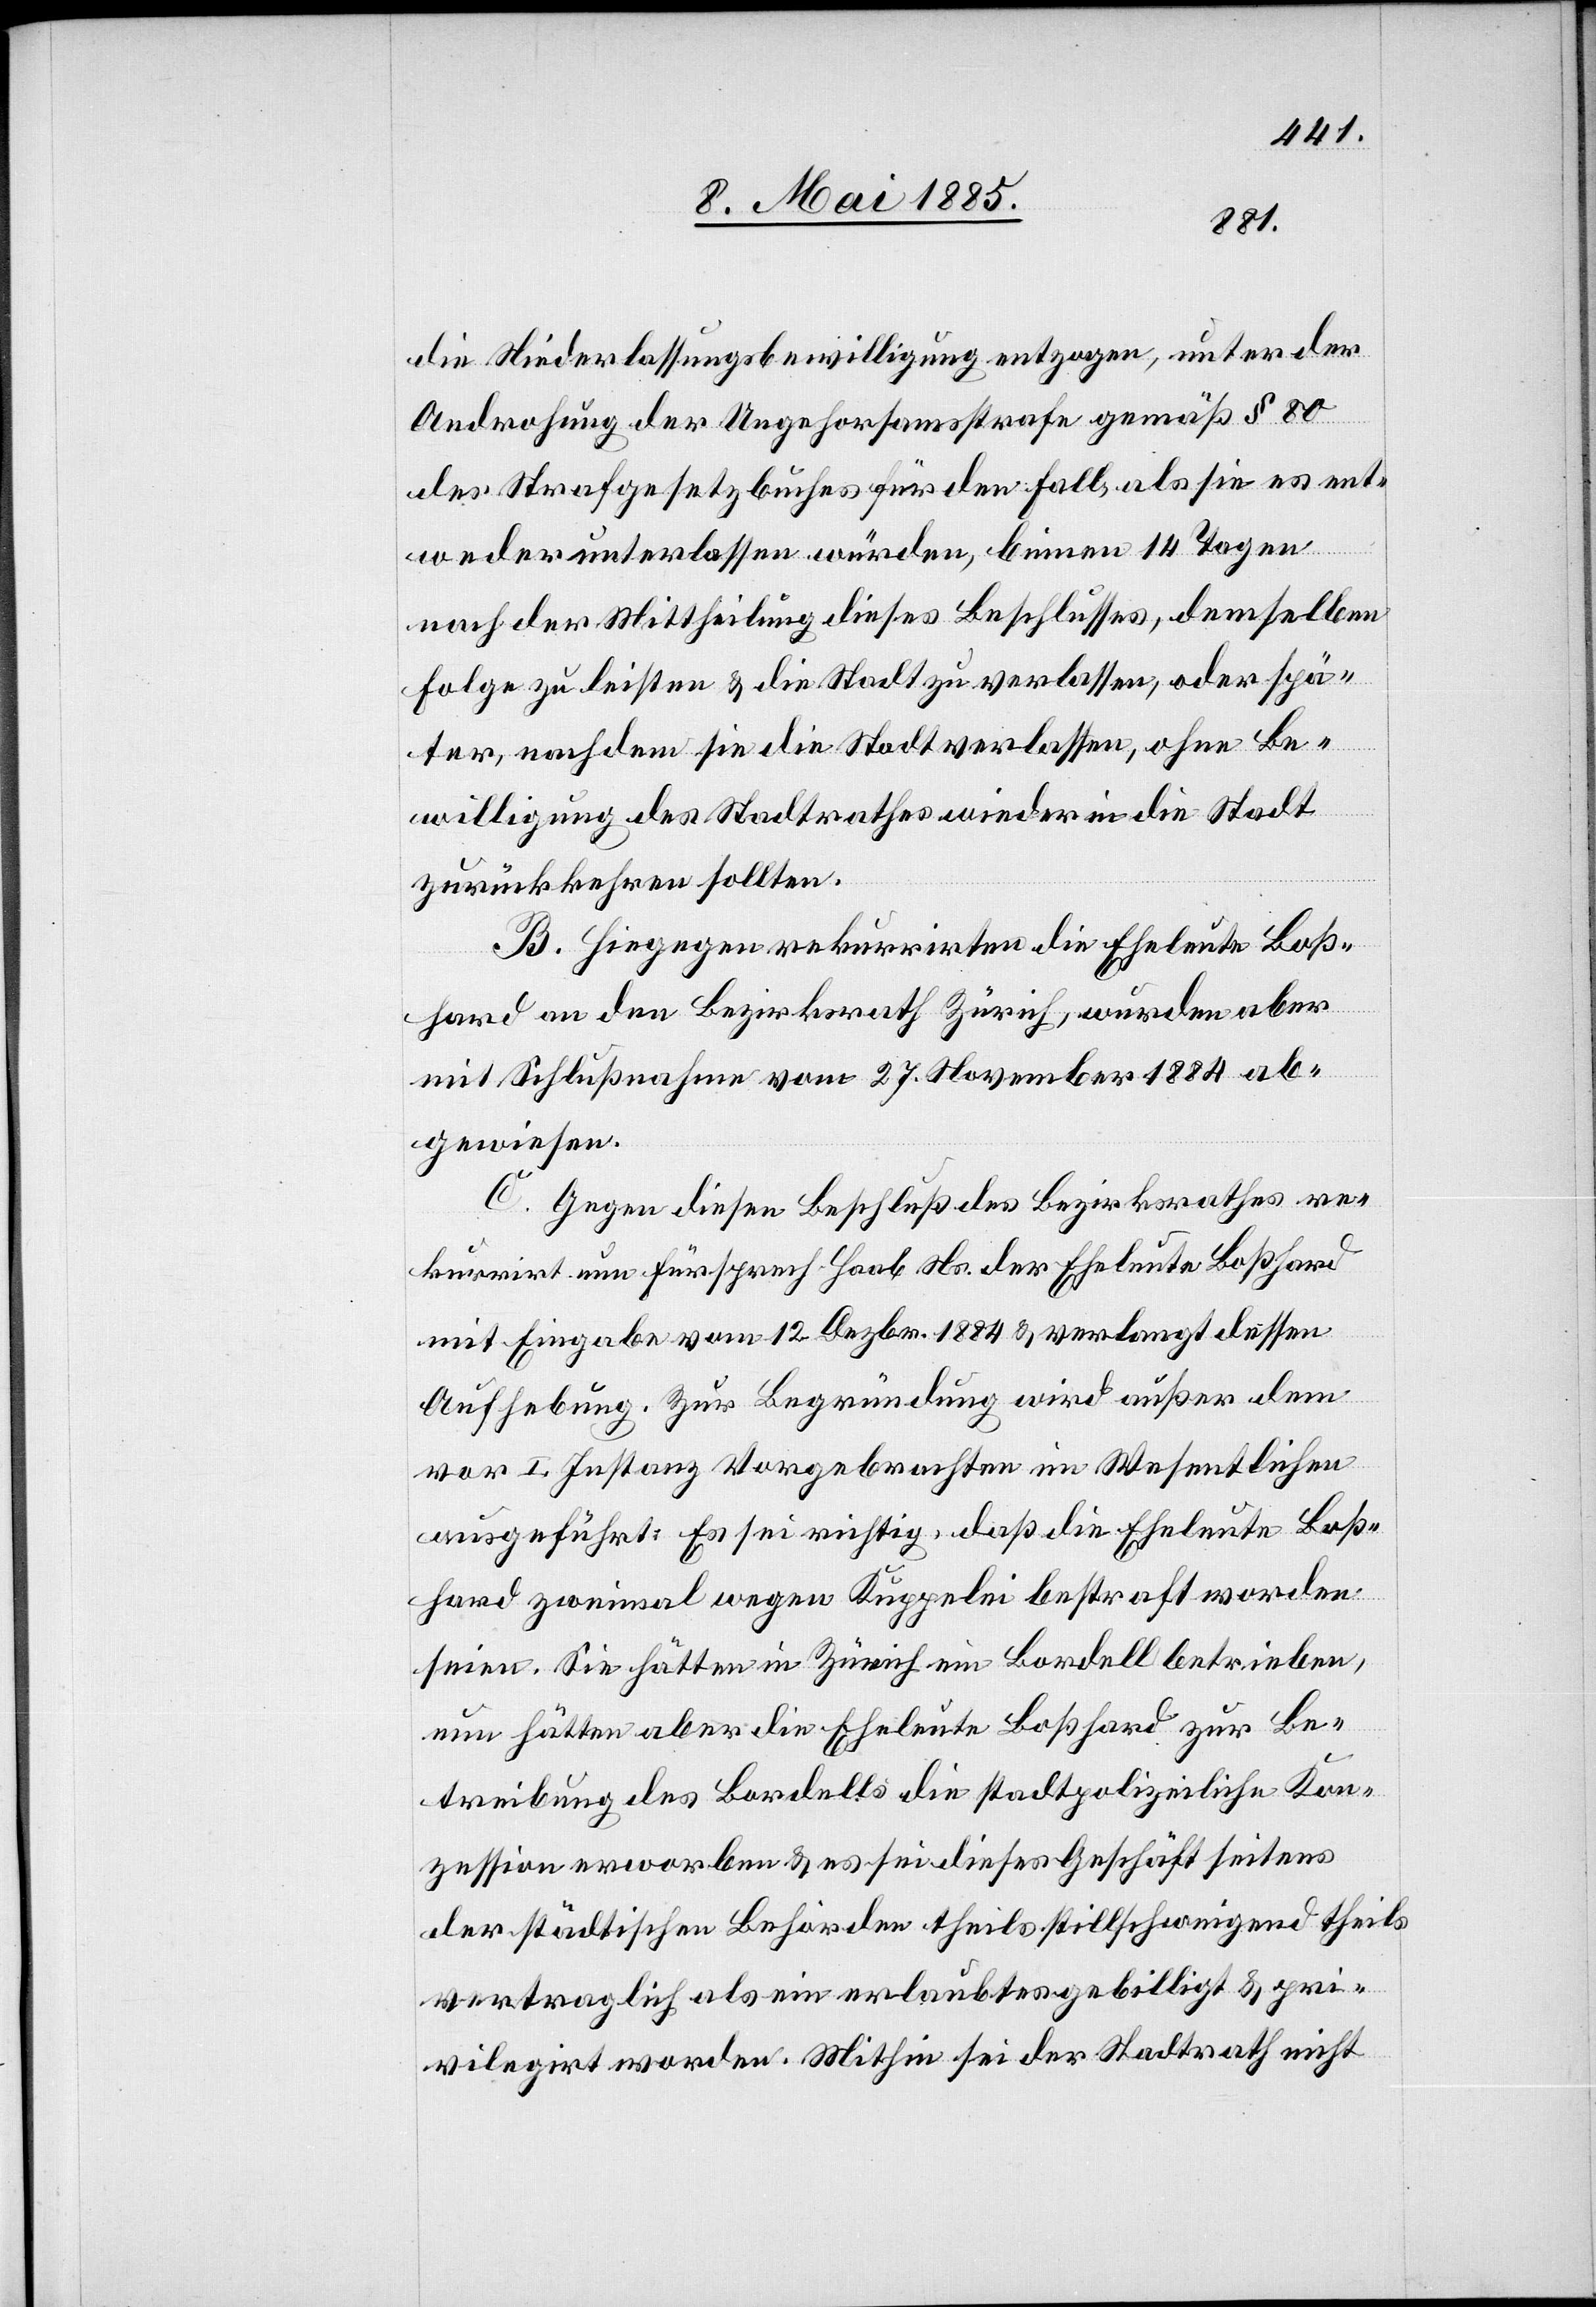
27.
1884
die Niederlassungsbewilligung entzogen, unter der
Androhung der Ungehorsamstrafe gemäß § 80
des Strafgesetzbuches für den Fall, als sie es ent¬
weder unterlassen würden, binnen 14 Tagen
nach der Mittheilung dieses Beschlusses, demselben
Folge zu leisten & die Stadt zu verlassen, oder spä¬
ter, nachdem sie die Stadt verlassen, ohne Be¬
willigung des Stadtrathes wieder in die Stadt
zurückkehren sollten.
B. Hiegegen rekurrirten die Eheleute Boß¬
hard an den Bezirksrath Zürich, wurden aber
abgewiesen.
C. Gegen diesen Beschluß des Bezirksrathes re¬
kurrirt nun Fürsprech Haab Ns. der Eheleute Boßhard
mit Eingabe vom 12. Dezbr. 1884 & verlangt dessen
Aufhebung. Zur Begründung wird außer dem
vor I. Instanz Vorgebrachten im Wesentlichen
ausgeführt: Es sei richtig, daß die Eheleute Boß¬
hard zweimal wegen Kuppelei bestraft worden
seien. Sie hätten in Zürich ein Bordell betrieben,
nun hätten aber die Eheleute Boßhard zur Be¬
treibung des Bordells die stadtpolizeiliche Kon¬
zession erworben & es sei dieses Geschäft seitens
der städtischen Behörden theils stillschweigend theils
vertraglich als ein erlaubtes gebilligt & pri¬
vilegirt worden. Mithin sei der Stadtrath nicht